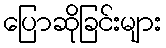
ပြောဆိုခြင်းများ